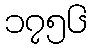
၁၇၅၆